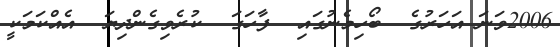
2006ވަނަ އަހަރުގެ  ބޯހިމެނުގައި  ފާހަގަ  ކުރެވިގެންދިޔަ  އެއްކަމަކީ